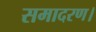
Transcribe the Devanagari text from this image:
समादरण।